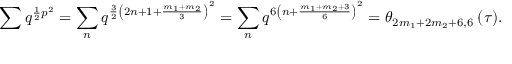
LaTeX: \sum q ^ { \frac { 1 } { 2 } p ^ { 2 } } = \sum _ { n } q ^ { \frac { 3 } { 2 } \left( 2 n + 1 + \frac { m _ { 1 } + m _ { 2 } } { 3 } \right) ^ { 2 } } = \sum _ { n } q ^ { 6 \left( n + \frac { m _ { 1 } + m _ { 2 } + 3 } { 6 } \right) ^ { 2 } } = \theta _ { 2 m _ { 1 } + 2 m _ { 2 } + 6 , 6 } \: ( \tau ) .